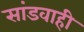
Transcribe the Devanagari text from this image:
सांडवाही